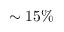
\sim 1 5 \%